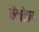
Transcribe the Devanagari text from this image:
मैंनहेइम